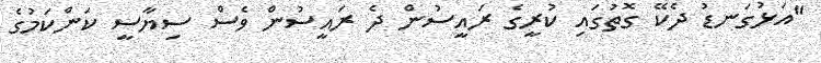
"އަޅުގަނޑު ދެކޭ ގޮތުގައި ކުރީގެ ރައީސުން ދެ ރައީސުން ވެސް ސިޔާސީ ކަންކަމުގެ